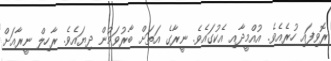
ރޮވިފައި ހުރެއެވެ. އުއްމީދާއި އެކުގައެވެ. ނީރާގެ އަތަށް ބާރުވަމުން ދިޔައެވެ. ރާހިލް ނީރާއަށް